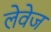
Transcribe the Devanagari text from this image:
लेवेज